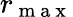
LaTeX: r_{\mathrm{~m~a~x~}}